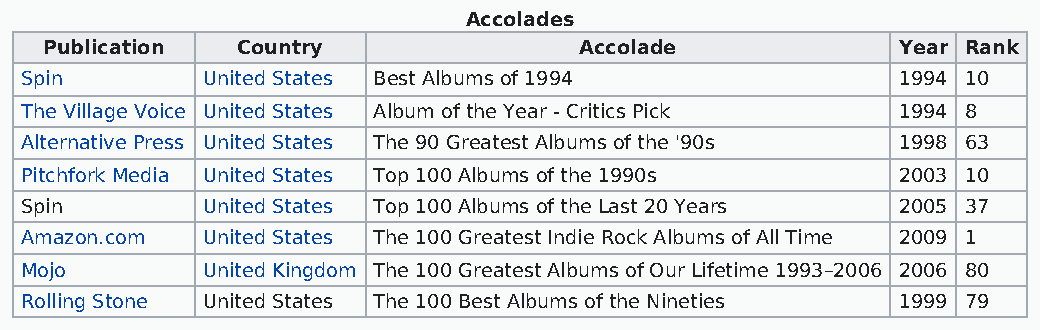
Accolades
 Publication  Country               Accolade             Year Rank
 Spin        United States Best Albums of 1994             1994 10
 The Village Voice United States Album of the Year - Critics Pick 1994 8
 Alternative Press United States The 90 Greatest Albums of the '90s 1998 63
 Pitchfork Media United States Top 100 Albums of the 1990s 2003 10
 Spin        United States Top 100 Albums of the Last 20 Years 2005 37
 Amazon.com  United States The 100 Greatest Indie Rock Albums of All Time 2009 1
 Mojo        United Kingdom The 100 Greatest Albums of Our Lifetime 1993–2006 2006 80
 Rolling Stone United States The 100 Best Albums of the Nineties 1999 79